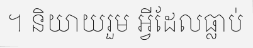
។ និយាយរួម អ្វីដែលធ្លាប់